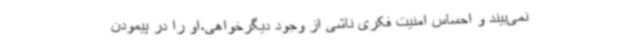
نمی‌بیند و احساس امنیت فکری ناشی از وجود دیگرخواهی،او را در پیمودن